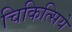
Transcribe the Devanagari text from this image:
चिकित्सिये